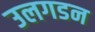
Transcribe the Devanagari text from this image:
उलगडन